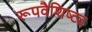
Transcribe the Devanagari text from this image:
रूपवैशिष्ट्य